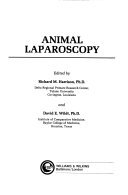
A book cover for Animal laparoscopy; Medical Books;